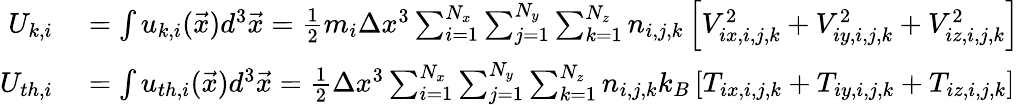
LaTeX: \begin{array}{rl}{U_{k,i}}&{{}=\int u_{k,i}(\vec{x})d^{3}\vec{x}=\frac{1}{2}m_{i}\Delta x^{3}\sum_{i=1}^{N_{x}}\sum_{j=1}^{N_{y}}\sum_{k=1}^{N_{z}}n_{i,j,k}\left[V_{ix,i,j,k}^{2}+V_{iy,i,j,k}^{2}+V_{iz,i,j,k}^{2}\right]}\\ {U_{th,i}}&{{}=\int u_{th,i}(\vec{x})d^{3}\vec{x}=\frac{1}{2}\Delta x^{3}\sum_{i=1}^{N_{x}}\sum_{j=1}^{N_{y}}\sum_{k=1}^{N_{z}}n_{i,j,k}k_{B}\left[T_{ix,i,j,k}+T_{iy,i,j,k}+T_{iz,i,j,k}\right]}\end{array}